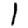
Digit: 1